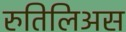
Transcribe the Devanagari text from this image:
रुतिलिअस